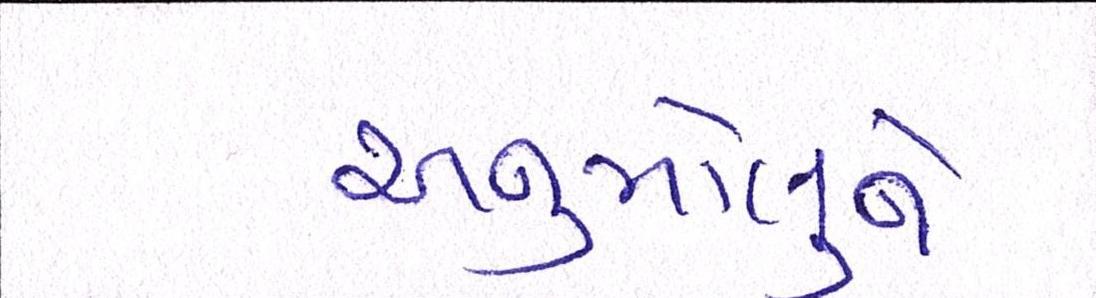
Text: અનુમોલુને